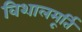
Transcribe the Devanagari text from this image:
विशालमूर्ति